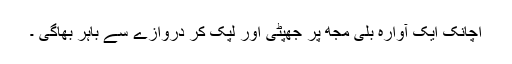
اچانک ایک آوارہ بلی مجھ پر جھپٹی اور لپک کر دروازے سے باہر بھاگی ۔